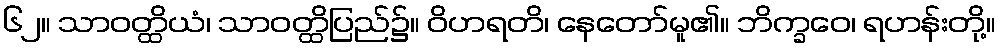
၆၂။ သာဝတ္ထိယံ၊ သာဝတ္ထိပြည်၌။ ဝိဟရတိ၊ နေတော်မူ၏။ ဘိက္ခဝေ၊ ရဟန်းတို့။